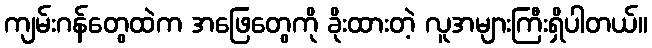
ကျမ်းဂန်တွေထဲက အဖြေတွေကို ခိုးထားတဲ့ လူအများကြီးရှိပါတယ်။